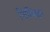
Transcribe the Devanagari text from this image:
निमिक